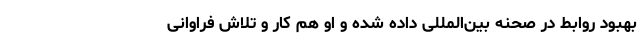
بهبود روابط در صحنه بین‌المللی داده شده و او هم کار و تلاش فراوانی